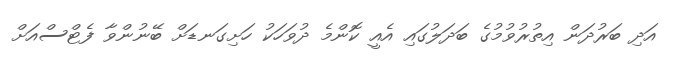
އަދި ބަރުދަން އިތުރުވުމުގެ ބަދަލުގައި އެއީ ކޮންމެ ދުވަހަކު ހަށިގަނޑަށް ބޭނުންވާ ފެޓްސްއަށް